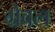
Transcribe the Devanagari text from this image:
ग्रेवल